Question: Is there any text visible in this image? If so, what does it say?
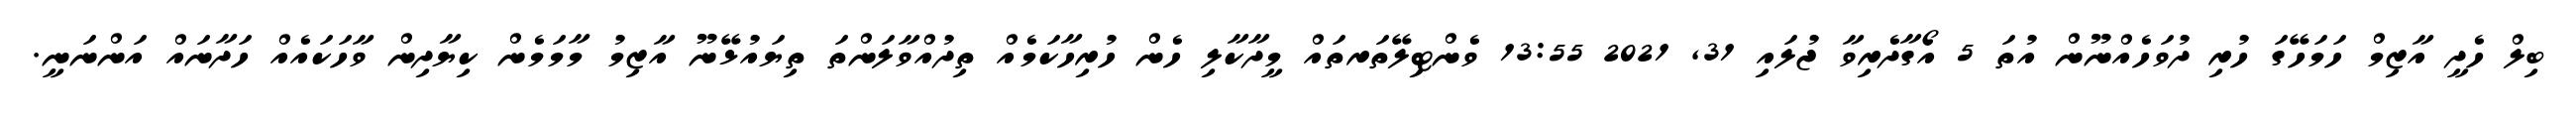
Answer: ބިލް ހެދީ އާޒިމް ހަމަހޭގަ ހުރި ދުވަހެއްނޫން އުތަ 5 އޯގާދެރިވާ ޖުލައި 31, 2021 13:55 ވެންޓިލޭތަރތައް މީދާކާލި ހެން ހުރިހާކަމެއް ތިދުއްވާލަންތަ ތިޔައުޅޭނޫ އާޒިމު މާމަމެން ކިޔާދިން ވާހަކައެއް ހަދާނައް އަންނަނީ.